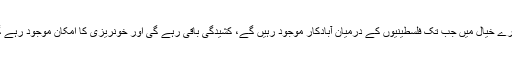
میرے خیال میں جب تک فلسطینیوں کے درمیان آبادکار موجود رہیں گے، کشیدگی باقی رہے گی اور خونریزی کا امکان موجود رہے گا۔